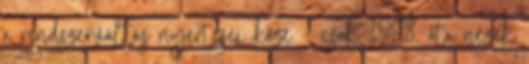
a rendszerváltás nyertesei közé - csak 1998. óta nézek